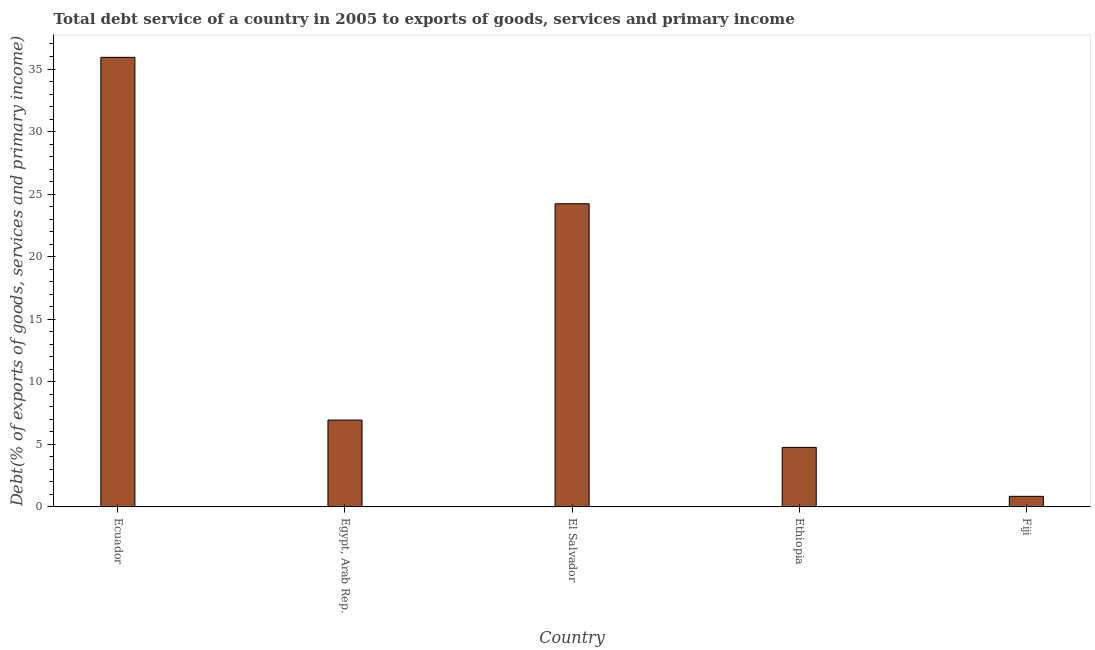
| Country | Total debt service |
 | --- | --- |
 | Ecuador | 35.9 |
 | Egypt, Arab Rep. | 6.94 |
 | El Salvador | 24.2 |
 | Ethiopia | 4.76 |
 | Fiji | 0.846 |